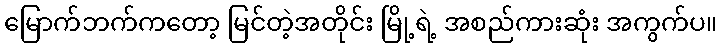
မြောက်ဘက်ကတော့ မြင်တဲ့အတိုင်း မြို့ရဲ့ အစည်ကားဆုံး အကွက်ပ။